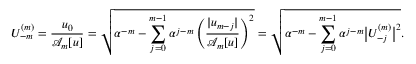
U _ { - m } ^ { ( m ) } = \frac { u _ { 0 } } { \mathcal { A } _ { m } [ u ] } = \sqrt { \alpha ^ { - m } - \sum _ { j = 0 } ^ { m - 1 } \alpha ^ { j - m } \left( \frac { | u _ { m - j } | } { \mathcal { A } _ { m } [ u ] } \right) ^ { 2 } } = \sqrt { \alpha ^ { - m } - \sum _ { j = 0 } ^ { m - 1 } \alpha ^ { j - m } \big | U _ { - j } ^ { ( m ) } \big | ^ { 2 } } .